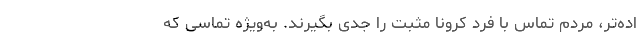
اده‌تر، مردم تماس با فرد کرونا مثبت را جدی بگیرند. به‌ویژه تماسی که